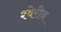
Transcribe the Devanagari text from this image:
श्वेरीन